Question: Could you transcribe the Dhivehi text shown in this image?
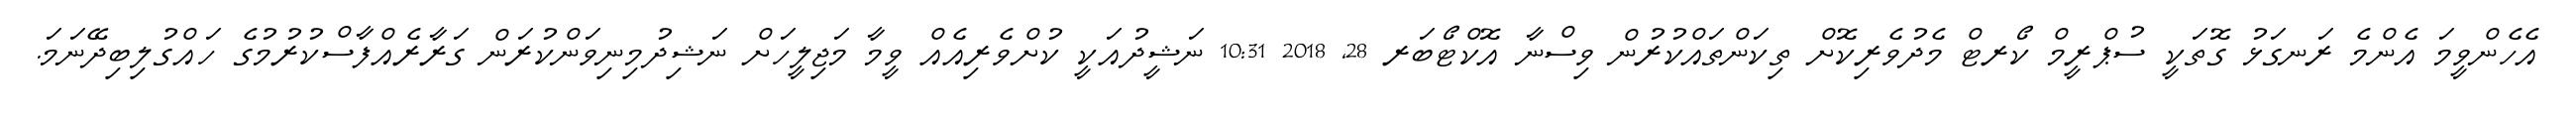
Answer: އެހެންވީމަ އެންމެ ރަނގަޅު ގޮތަކީ ސުޕްރީމް ކޯރޓް މެދުވެރިކޮށް ތިކަންތައްކުރުން ވިސްނާ އޮކްޓޯބަރ 28, 2018 10:31 ނަޝީދުއަކީ ކުށްވެރިއެއް ވީމާ މަޖިލީހަށް ނަޝިދުމިނިވަންކުރަން ގަރާރެއްފާސްކުރުމުގެ ހައްގުލިބިދޭނަމަ.